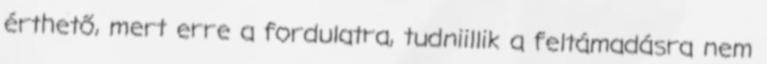
érthető, mert erre a fordulatra, tudniillik a feltámadásra nem